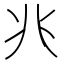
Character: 𫤬